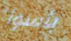
بأسوأ